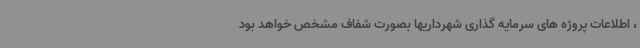
، اطلاعات پروژه های سرمایه گذاری شهرداریها بصورت شفاف مشخص خواهد بود